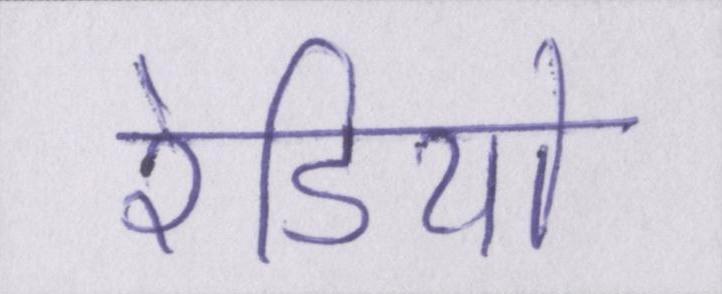
रेडियो